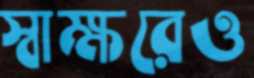
স্বাক্ষরেও